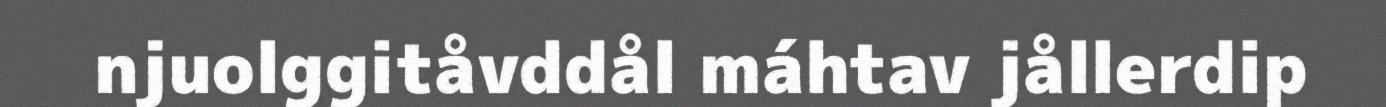
njuolggitåvddål máhtav jållerdip